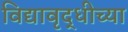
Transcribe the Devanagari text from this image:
विद्यावृद्धीच्या